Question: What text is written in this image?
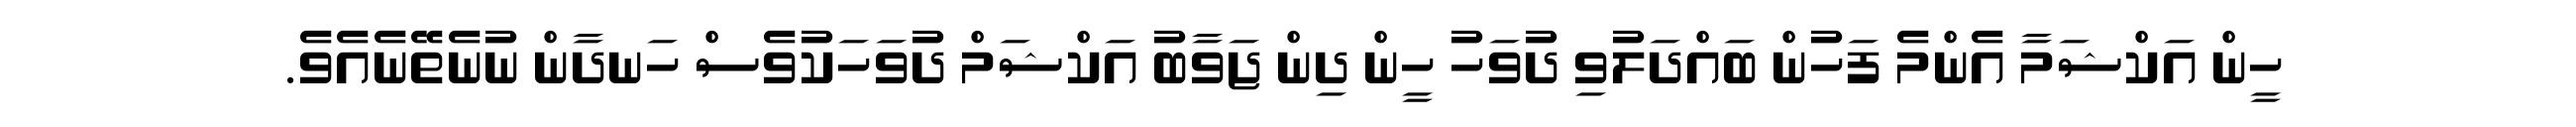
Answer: ހީން އަކްޝަމާ އެންމެ ފަހުން ބައްދަލުވި ދުވަހު ހީން ދިން ޖަވާބު އަކްޝަމް ދުވަހަކުވެސް ހަނދާން ނުނެތޭނެއެވެ.